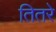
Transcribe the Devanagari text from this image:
तितरे